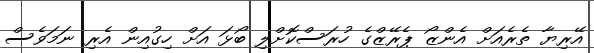
އޭރިޔާ ތެރެއަށް އެންޒޯ ޕެރޭޒްގެ ހުރަސްކޮށްލި ބޯޅަ އަށް ހިގުއިން އެރި ނަމަވެސް